Plague in India, 1896, 1897 - Volume 3
Year: 1896
Disease focus: Plague
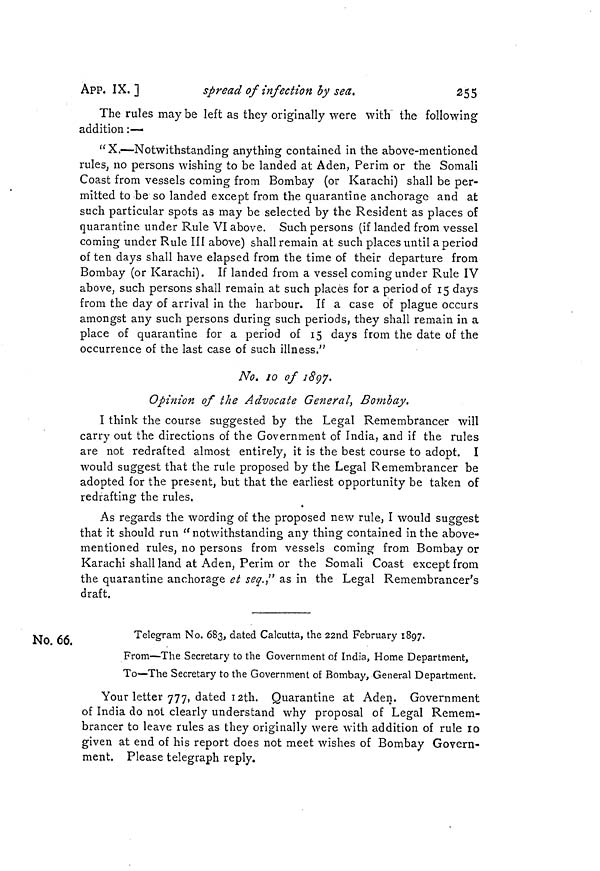
APP. IX. ]
spread of infection by sea.
255
The rules may be left as they originally were with the following
addition :—
"X.—Notwithstanding anything contained in the above-mentioned
rules, no persons wishing to be landed at Aden, Perim or the Somali
Coast from vessels coming from Bombay (or Karachi) shall be per-
mitted to be so landed except from the quarantine anchorage and at
such particular spots as may be selected by the Resident as places of
quarantine under Rule VI above. Such persons (if landed from vessel
coming under Rule III above) shall remain at such places until a period
often days shall have elapsed from the time of their departure from
Bombay (or Karachi). If landed from a vessel coming under Rule IV
above, such persons shall remain at such places for a period of 15 days
from the day of arrival in the harbour. If a case of plague occurs
amongst any such persons during such periods, they shall remain in a
place of quarantine for a period of 15 days from the date of the
occurrence of the last case of such illness."
No. 10 of 1897.
Opinion of the Advocate General, Bombay.
I think the course suggested by the Legal Remembrancer will
carry out the directions of the Government of India, and if the rules
are not redrafted almost entirely, it is the best course to adopt. I
would suggest that the rule proposed by the Legal Remembrancer be
adopted for the present, but that the earliest opportunity be taken of
redrafting the rules.
As regards the wording of the proposed new rule, I would suggest
that it should run "notwithstanding any thing contained in the above-
mentioned rules, no persons from vessels coming from Bombay or
Karachi shall land at Aden, Perim or the Somali Coast except from
the quarantine anchorage et seq." as in the Legal Remembrancer's
draft.
No. 66.
Telegram No. 683, dated Calcutta, the 22nd February 1897.
From—The Secretary to the Government of India, Home Department,
To—The Secretary to the Government of Bombay, General Department.
Your letter 777, dated 12th. Quarantine at Aden. Government
of India do not clearly understand why proposal of Legal Remem-
brancer to leave rules as they originally were with addition of rule 10
given at end of his report does not meet wishes of Bombay Govern-
ment. Please telegraph reply.